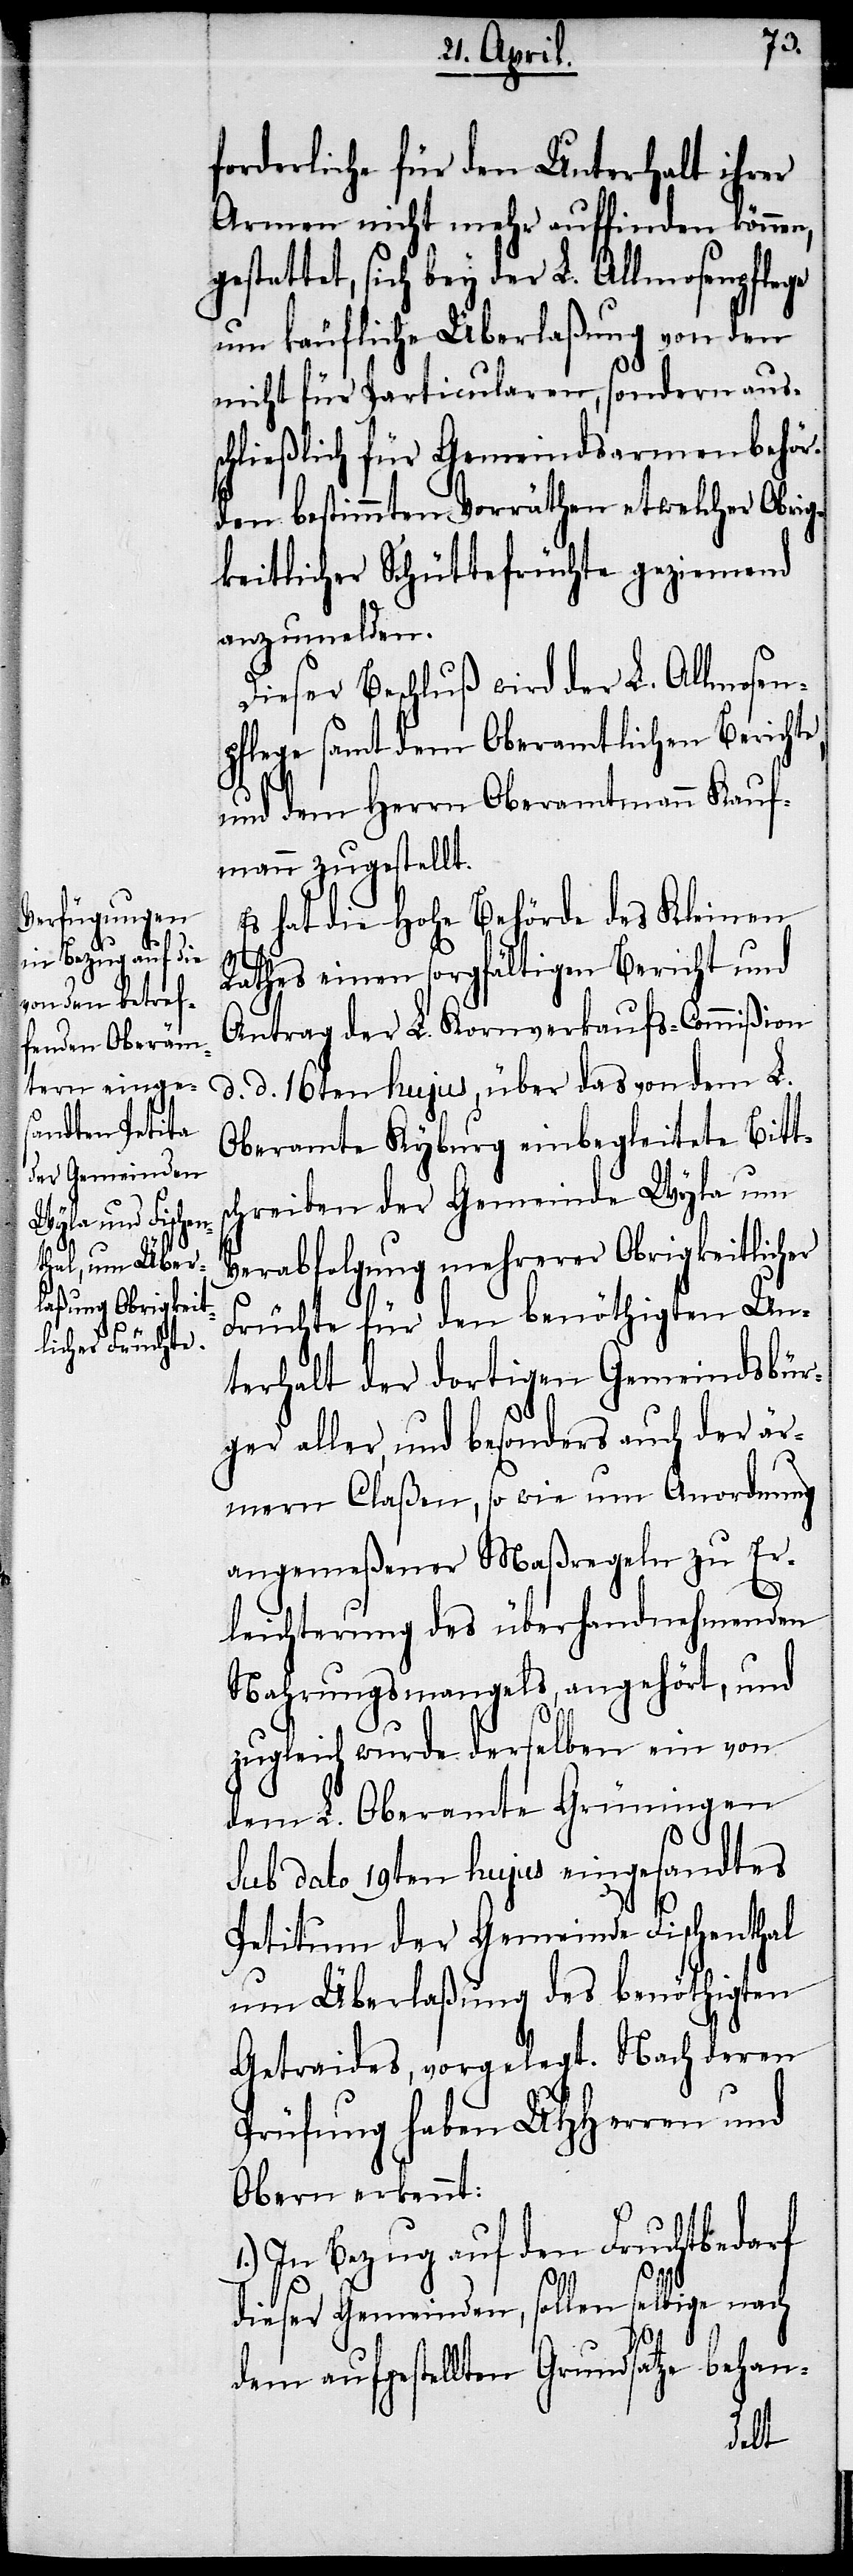
forderliche für den Unterhalt ihrer
Armen nicht mehr auffinden können,
gestattet, sich bey der L. Allmosenpflege
um käufliche Überlaßung von den
nicht für Particularen, sondern auss¬
chließlich für Gemeindsarmenbehör¬
den bestimmten Vorräthen etwelcher Obrig¬
keitlicher Schüttefrüchte geziemend
anzumelden.
Dieser Beschluß wird der L. Allmosen¬
pflege samt dem Oberamtlichen Berichte,
und dem Herrn Oberamtmann Kauf¬
mann zugestellt.
Es hat die Hohe Behörde des Kleinen
Rathes einen sorgfältigen Bericht und
Antrag der L. Kornverkaufs-Commißion
d. d. 16ten hujus, über das von dem L.
Oberamte Kyburg einbegleitete Bitts¬
chreiben der Gemeinde Wyla um
Verabfolgung mehrerer Obrigkeitlicher
Früchte für den benöthigten Un¬
terhalt der dortigen Gemeindsbür¬
ger aller, und besonders auch der är¬
mern Claßen, so wie um Anordnung
angemeßener Maßregeln zu Er¬
leichterung des überhandnehmenden
Nahrungsmangels, angehört, und
zugleich wurde derselben ein von
dem L. Oberamte Grüningen
sub dato 19ten hujus eingesandtes
Petitum der Gemeinde Fischenthal
um Überlaßung des benöthigten
Getraides, vorgelegt. Nach deren
Prüfung haben UHHerren und
Obern erkennt:
1.) In Bezug auf den Fruchtbedarf
dieser Gemeinden, sollen selbige nach
dem aufgestellten Grundsatze behan-